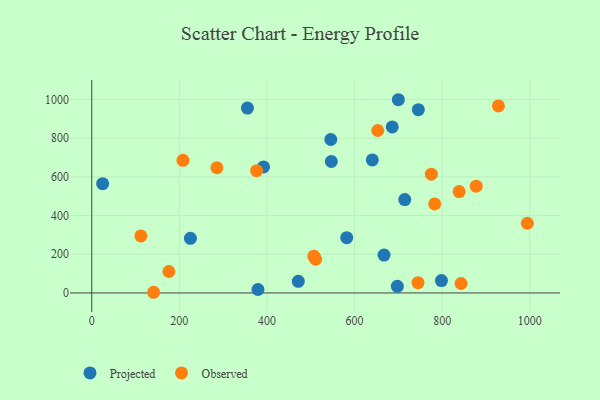
{"axis": {"x": "Study Hours", "y": "Sales"}, "legend": ["Observed", "Projected"], "data": [{"x": "700.0", "y": 998.2, "type": "Projected"}, {"x": "545.8", "y": 792.6, "type": "Projected"}, {"x": "225.2", "y": 282.3, "type": "Projected"}, {"x": "392.2", "y": 651.3, "type": "Projected"}, {"x": "697.7", "y": 34.2, "type": "Projected"}, {"x": "547.0", "y": 679.2, "type": "Projected"}, {"x": "471.6", "y": 60.0, "type": "Projected"}, {"x": "667.3", "y": 195.6, "type": "Projected"}, {"x": "582.1", "y": 285.8, "type": "Projected"}, {"x": "355.5", "y": 955.2, "type": "Projected"}, {"x": "714.6", "y": 482.5, "type": "Projected"}, {"x": "379.5", "y": 17.9, "type": "Projected"}, {"x": "24.8", "y": 564.3, "type": "Projected"}, {"x": "686.0", "y": 857.6, "type": "Projected"}, {"x": "798.4", "y": 63.7, "type": "Projected"}, {"x": "745.7", "y": 946.8, "type": "Projected"}, {"x": "640.6", "y": 687.3, "type": "Projected"}, {"x": "208.3", "y": 684.9, "type": "Observed"}, {"x": "994.6", "y": 360.1, "type": "Observed"}, {"x": "141.2", "y": 3.5, "type": "Observed"}, {"x": "838.9", "y": 523.6, "type": "Observed"}, {"x": "112.1", "y": 294.5, "type": "Observed"}, {"x": "783.0", "y": 460.1, "type": "Observed"}, {"x": "507.2", "y": 189.9, "type": "Observed"}, {"x": "744.9", "y": 53.0, "type": "Observed"}, {"x": "376.4", "y": 631.9, "type": "Observed"}, {"x": "176.0", "y": 110.8, "type": "Observed"}, {"x": "928.5", "y": 966.2, "type": "Observed"}, {"x": "775.5", "y": 613.8, "type": "Observed"}, {"x": "285.7", "y": 646.8, "type": "Observed"}, {"x": "877.7", "y": 551.8, "type": "Observed"}, {"x": "653.0", "y": 839.2, "type": "Observed"}, {"x": "843.2", "y": 48.9, "type": "Observed"}, {"x": "511.3", "y": 174.2, "type": "Observed"}]}